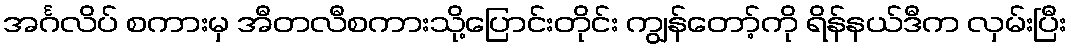
အင်္ဂလိပ် စကားမှ အီတလီစကားသို့ပြောင်းတိုင်း ကျွန်တော့်ကို ရိန်နယ်ဒီက လှမ်းပြီး